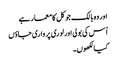
اور وہ بالک جو کل کا معمار ہے
اُس کی بولی اور لوری پر واری جاؤں
کیا لکھوں۔